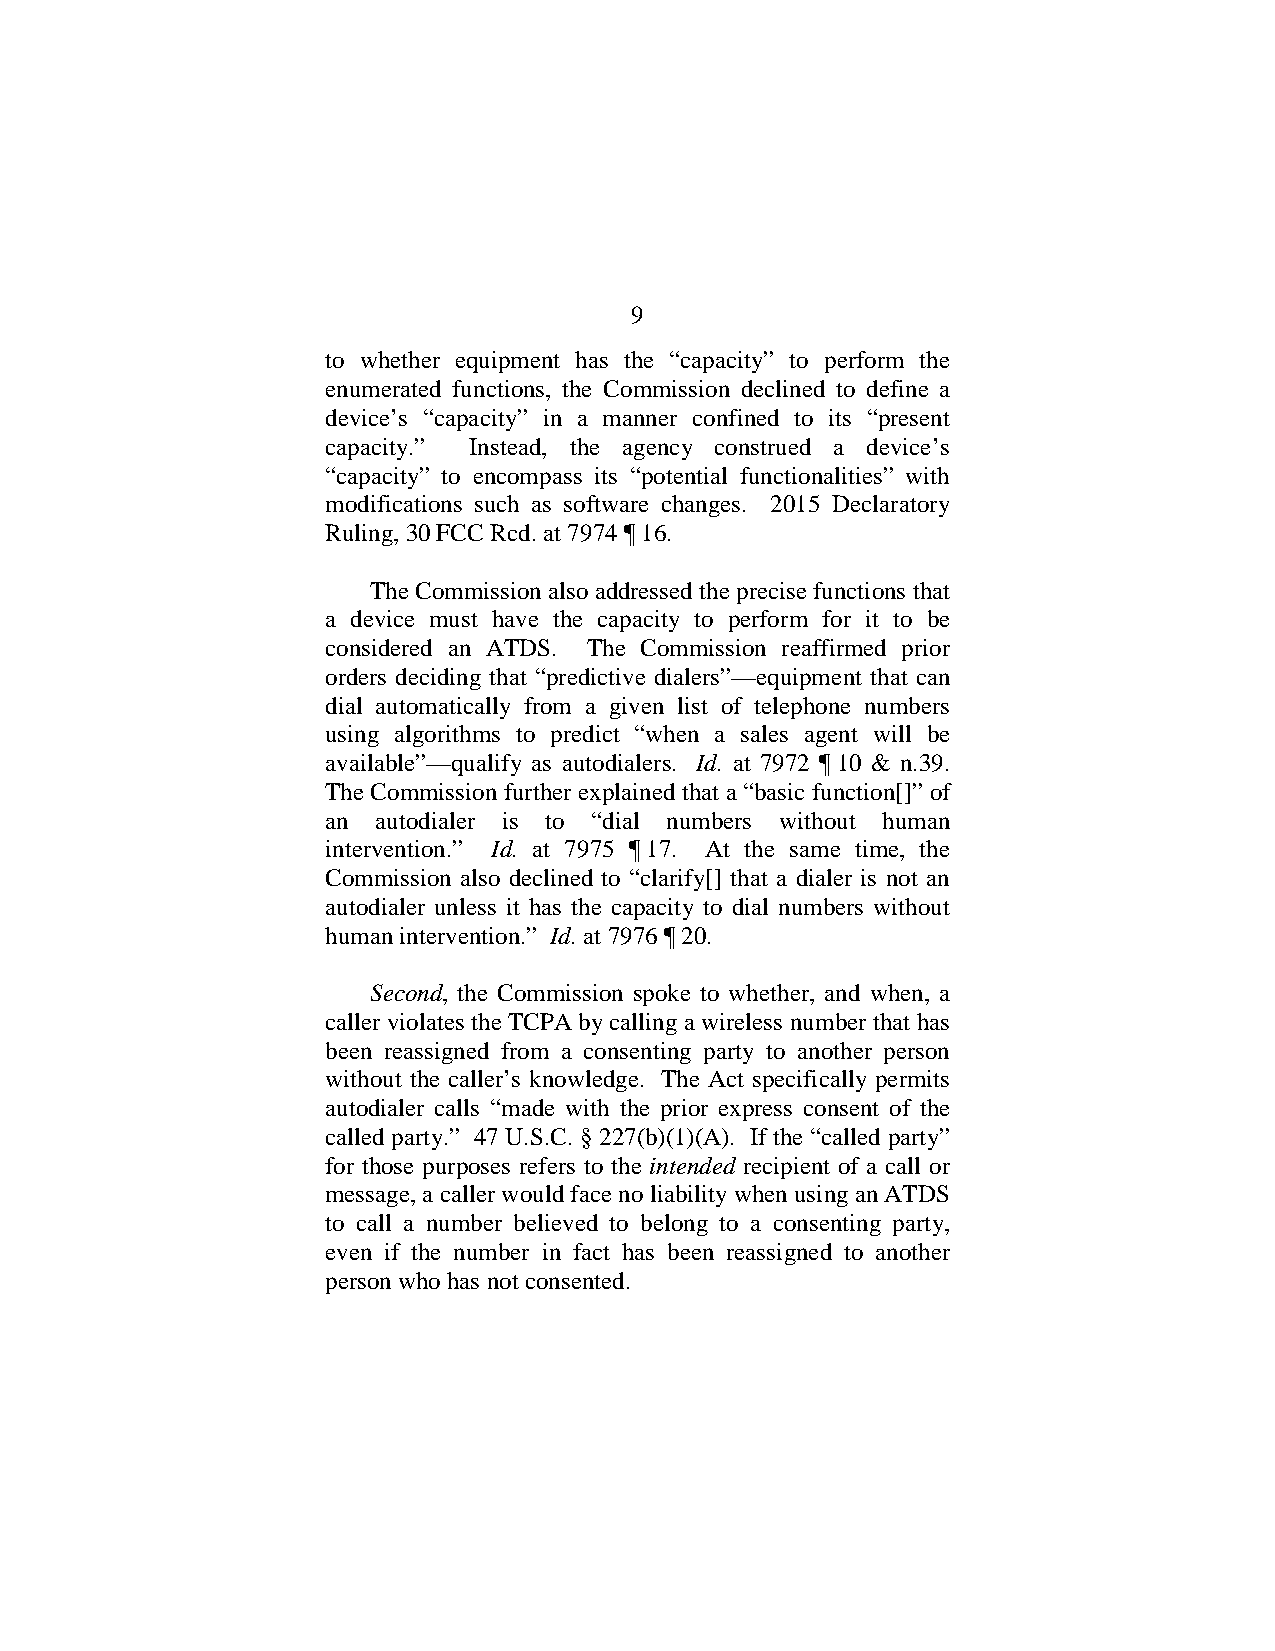
9
 to whether equipment has the “capacity” to perform the
 enumerated functions, the Commission declined to define a
 device’s “capacity” in a manner confined to its “present
 capacity.” Instead, the agency construed a device’s
 “capacity” to encompass its “potential functionalities” with
 modifications such as software changes. 2015 Declaratory
 Ruling, 30 FCC Rcd. at 7974 ¶ 16.
 The Commission also addressed the precise functions that
 a device must have the capacity to perform for it to be
 considered an ATDS. The Commission reaffirmed prior
 orders deciding that “predictive dialers”—equipment that can
 dial automatically from a given list of telephone numbers
 using algorithms to predict “when a sales agent will be
 available”—qualify as autodialers. Id. at 7972 ¶ 10 & n.39.
 The Commission further explained that a “basic function[]” of
 an autodialer is to “dial numbers without human
 intervention.” Id. at 7975 ¶ 17. At the same time, the
 Commission also declined to “clarify[] that a dialer is not an
 autodialer unless it has the capacity to dial numbers without
 human intervention.” Id. at 7976 ¶ 20.
 Second, the Commission spoke to whether, and when, a
 caller violates the TCPA by calling a wireless number that has
 been reassigned from a consenting party to another person
 without the caller’s knowledge. The Act specifically permits
 autodialer calls “made with the prior express consent of the
 called party.” 47 U.S.C. § 227(b)(1)(A). If the “called party”
 for those purposes refers to the intended recipient of a call or
 message, a caller would face no liability when using an ATDS
 to call a number believed to belong to a consenting party,
 even if the number in fact has been reassigned to another
 person who has not consented.